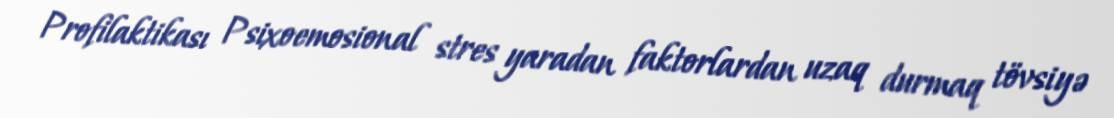
Profilaktikası Psixoemosional stres yaradan faktorlardan uzaq durmaq tövsiyə